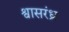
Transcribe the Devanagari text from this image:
श्वासरंध्र